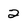
Character: 2